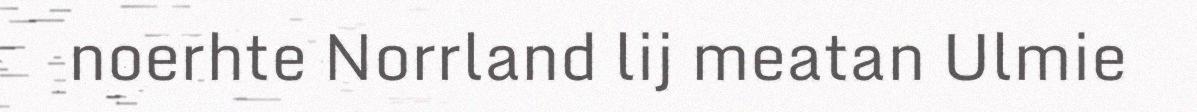
noerhte Norrland lij meatan Ulmie